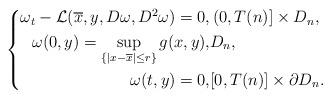
LaTeX: \begin{align*}\left\{ \begin{aligned} \omega_{t} - \mathcal{L}(\overline{x},y,D\omega,D^{2}\omega) = 0,&\, (0,T(n)]\times D_{n},\\ \omega (0,y) = \sup\limits_{\{|x-\overline{x}|\leq r\}} g(x,y),& D_{n},\\ \omega(t,y) = 0, & [0,T(n)]\times \partial D_{n}. \end{aligned}\right.\end{align*}